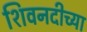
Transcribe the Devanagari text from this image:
शिवनदीच्या